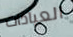
العيادات